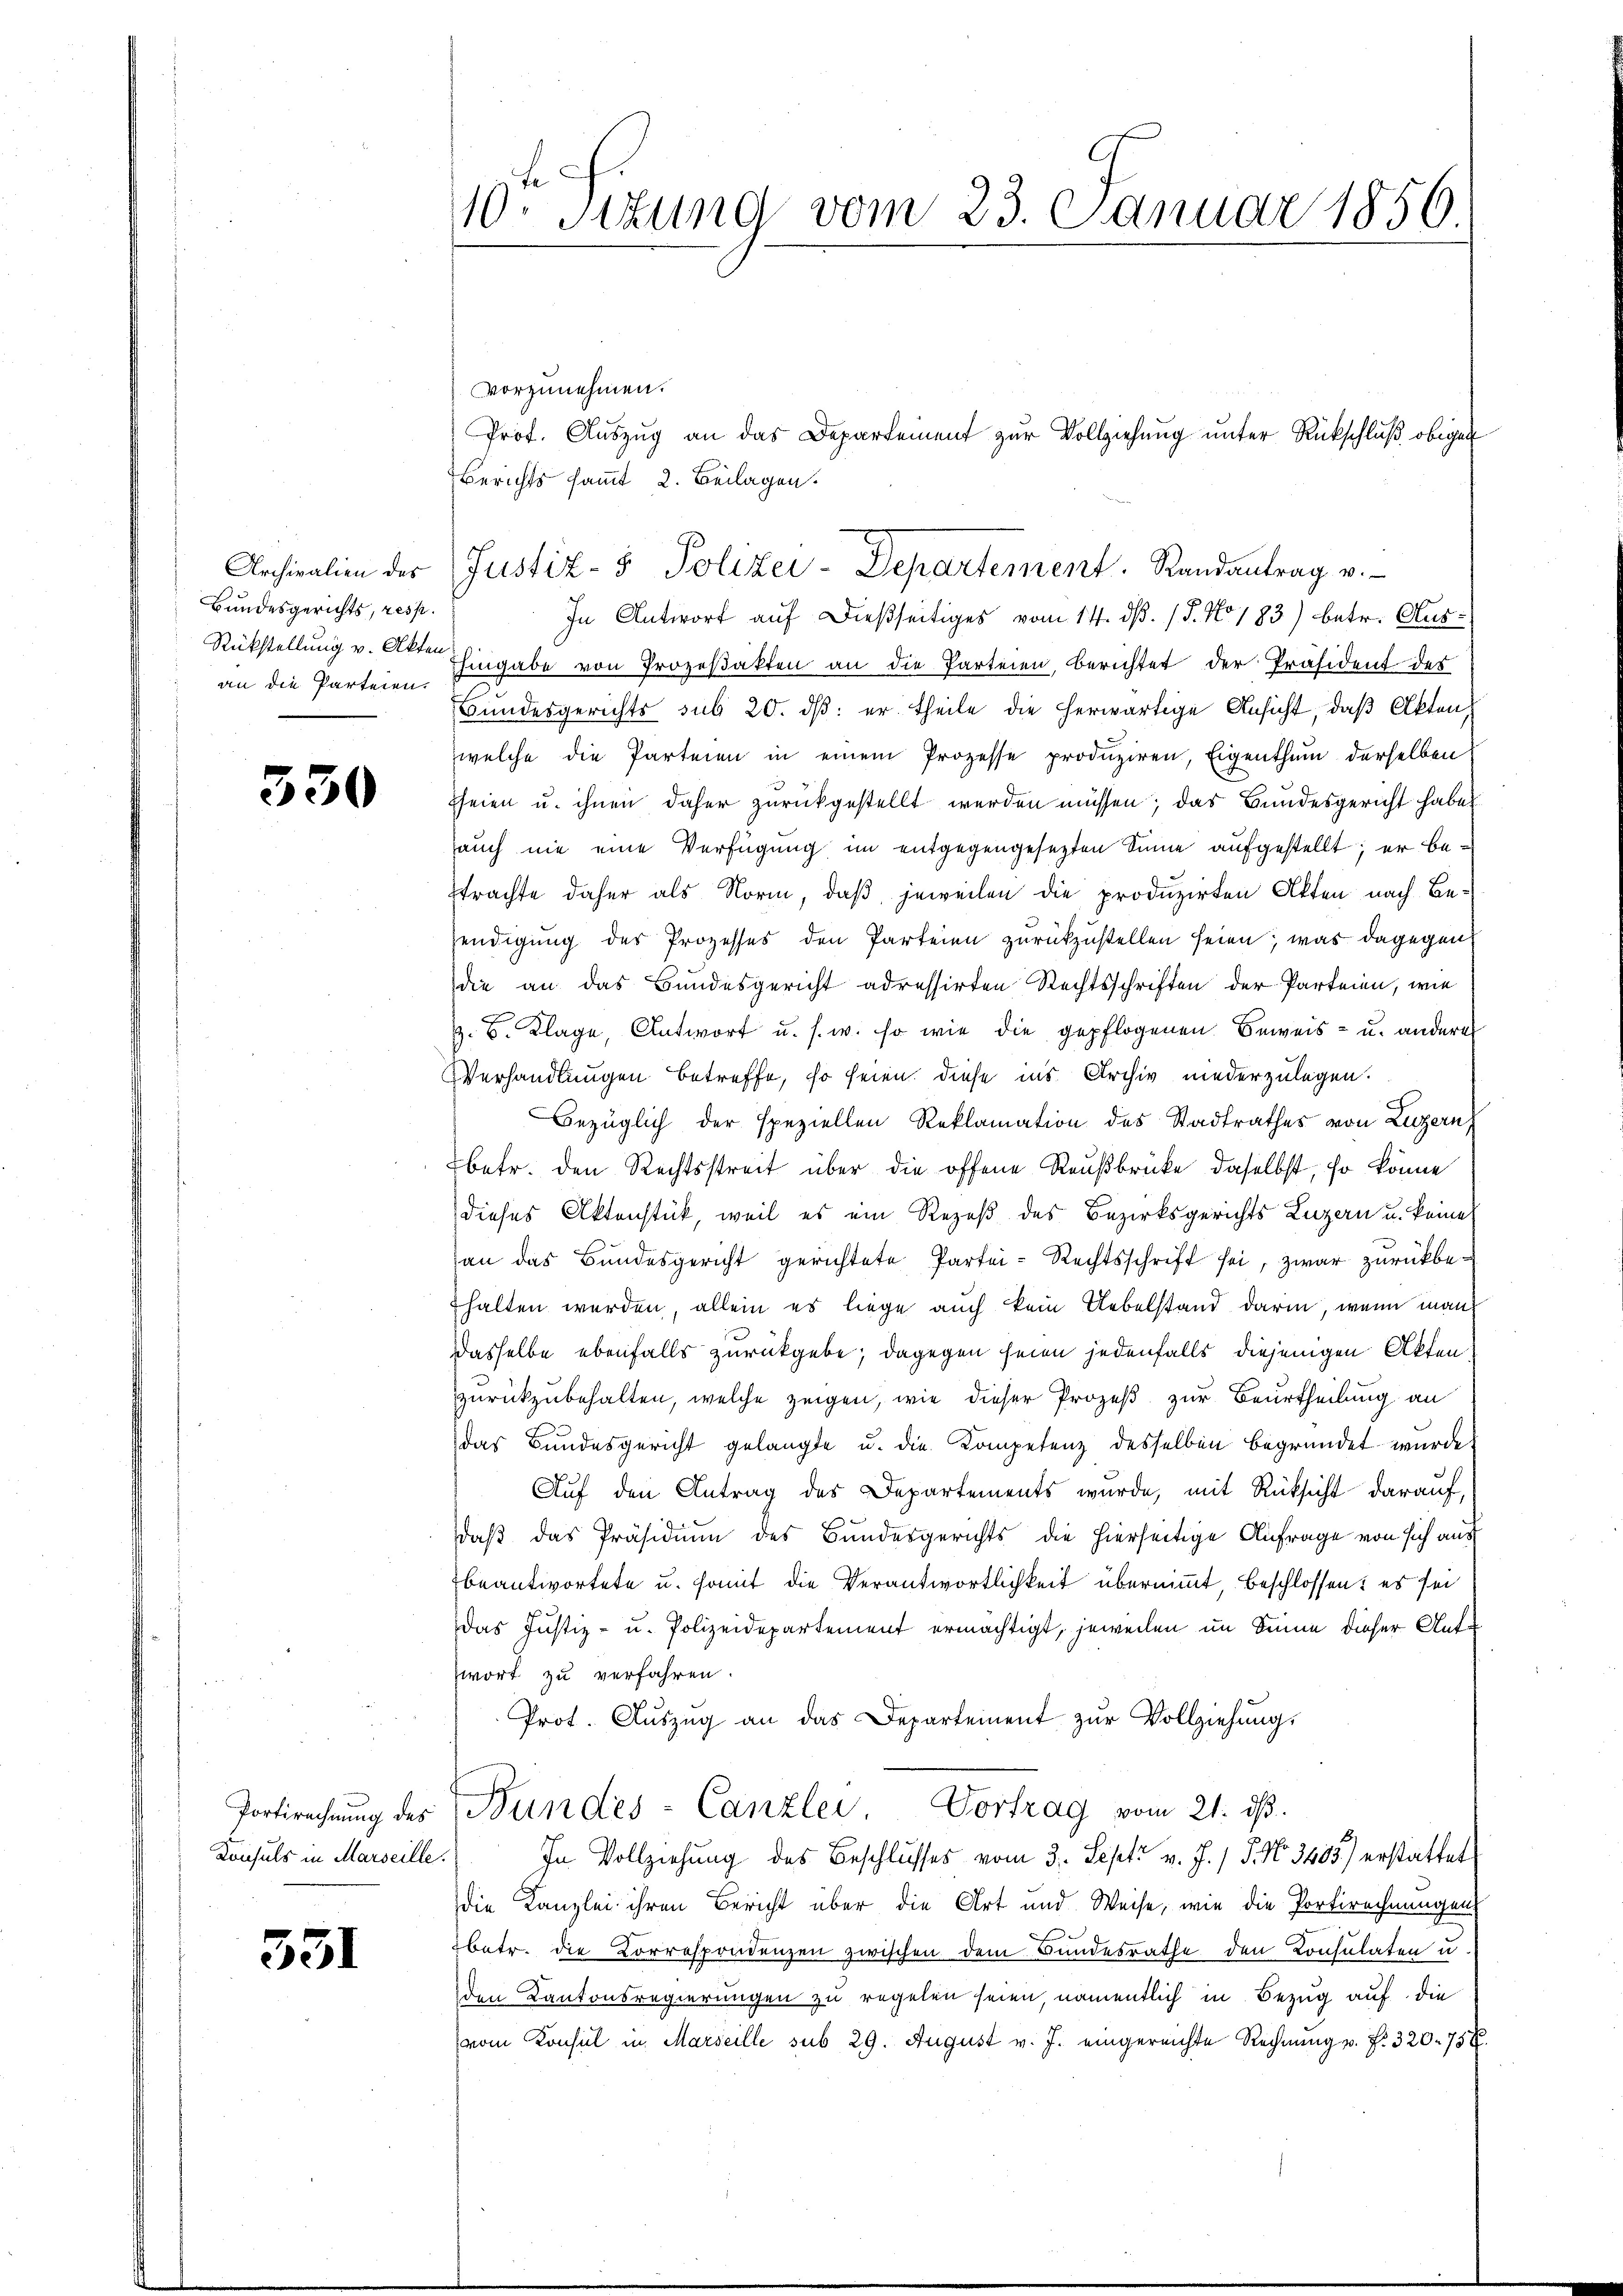
Archivalien des
Bundesgerichts, resp.
an die Parteien.

330

Portirechnung des
Konsuls in Marseille.

331

10ten Sizung vom 23. Januar 1856.

vorzunehmen.
Berichts sammt 2. Beilagen.
In Antwort auf dießseitiges vom 14. dß. / 5. No 183) betr. Aus¬
Rückstellung v. Etten Eingabe von Prozeßakten an die Parteien, berichtet der Präsident des
Bundesgerichts sub 20. dβ er theile die herwärtige Ansicht, daß Akten,
welche die Parteien in einem Prozesse produziren, Eigenthum derselben
seien u. ihnen daher zurückgestellt werden müssen; das Bundesgericht haben
auch nie eine Verfügung im entgegengesezten Sinne aufgestellt; er betrachte daher als Norm, daß jeweilen die produzirten Akten nach Beendigung des Prozesses den Parteien zurückzustellen seien; was dagegen
die an das Bundesgericht adressirten Rechtsschriften der Parteien, wie
z. B. Klage, Antwort u. s. w. so wie die gepflogenen Beweis- u. andere
Verhandlungen betreffe, so seien diese ins Archiv niederzulegen.
Bezüglich der speziellen Reklamation des Stadtrathes von Luzern
betr. den Rechtsstreit über die offene Reußbrücke daselbst, so könne
dieses Aktenstück, weil es ein Rezeß des Bezirksgerichts Luzern u. keine
an das Bundesgericht gerichtete Partei-Rechtsschrift sei, zwar zurückbehalten werden, allein es liege auch kein Uebelstand darin, wenn man
dasselbe ebenfalls zurückgebe; dagegen seien jedenfalls diejenigen Akten
zurückzubehalten, welche zeigen, wie dieser Prozeß zur Beurtheilung an
das Bundesgericht gelangte u. die Kompetenz desselben begründet wurde,
Auf den Antrag des Departements wurde, mit Rücksicht darauf,
daß das Präsidium des Bundesgerichts die hierseitige Anfrage von sich aus
beantwortete u. somit die Verantwortlichkeit übernimmt, beschlossen: es sei
Das Justiz- u. Polizeidepartement ermächtigt, jeweilen im Sinne dieser Antwort zu verfahren.
Prot. Aŭszŭg an das Departement zŭr Vollziehung.
Bundes-Canzlei Vortrag vom 21. dβ.
In Vollziehung des Beschlusses vom 3. Sept v. J. / 5. No. 3405) erstattet
die Kanzlei ihren Bericht über die Art und Weise, wie die Portirechnungen
betr. die Korrespondenzen zwischen dem Bundesrathe den Consulaten u.
den Kantonsregierungen zu regelen seien, namentlich in Bezug auf die
vom Konsul in Marseille sub 29. August v. J. eingereichte Rechnŭng u. f. 320. 75 f.

Prof. Auszug an das Departement zur Vollziehung unter Rückschluß obigen

Justiz- & Polizei-Departement. Randantrag u.